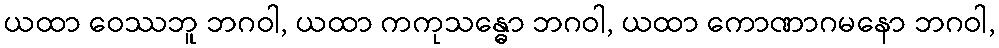
ယထာ ဝေဿဘူ ဘဂဝါ, ယထာ ကကုသန္ဓော ဘဂဝါ, ယထာ ကောဏာဂမနော ဘဂဝါ,